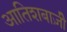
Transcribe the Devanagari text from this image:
आतिशबाज़ीे